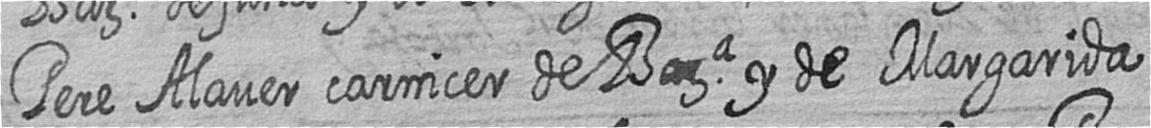
Pere Alaver carnicer de Bara y de Margarida